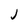
Character: J